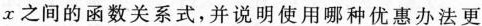
x之间的函数关系式，并说明使用哪种优惠办法更